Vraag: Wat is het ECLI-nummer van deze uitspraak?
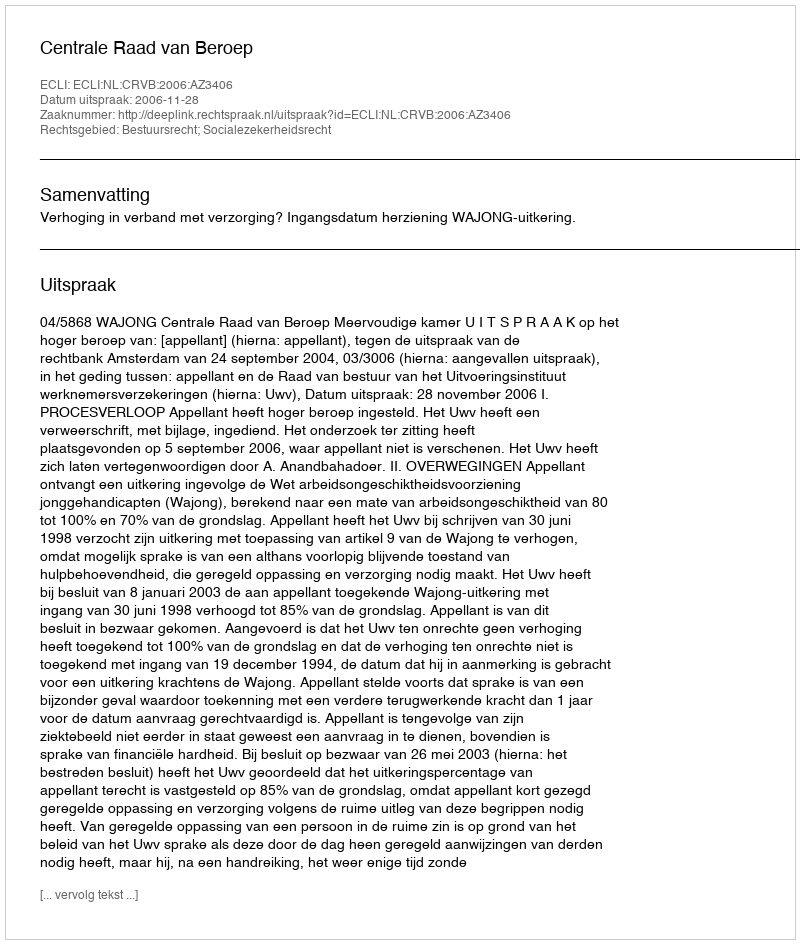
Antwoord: ECLI:NL:CRVB:2006:AZ3406